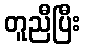
တူညီပြီး